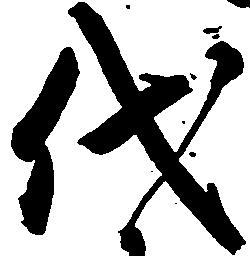
代